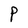
Character: P